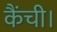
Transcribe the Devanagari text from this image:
कैंची।